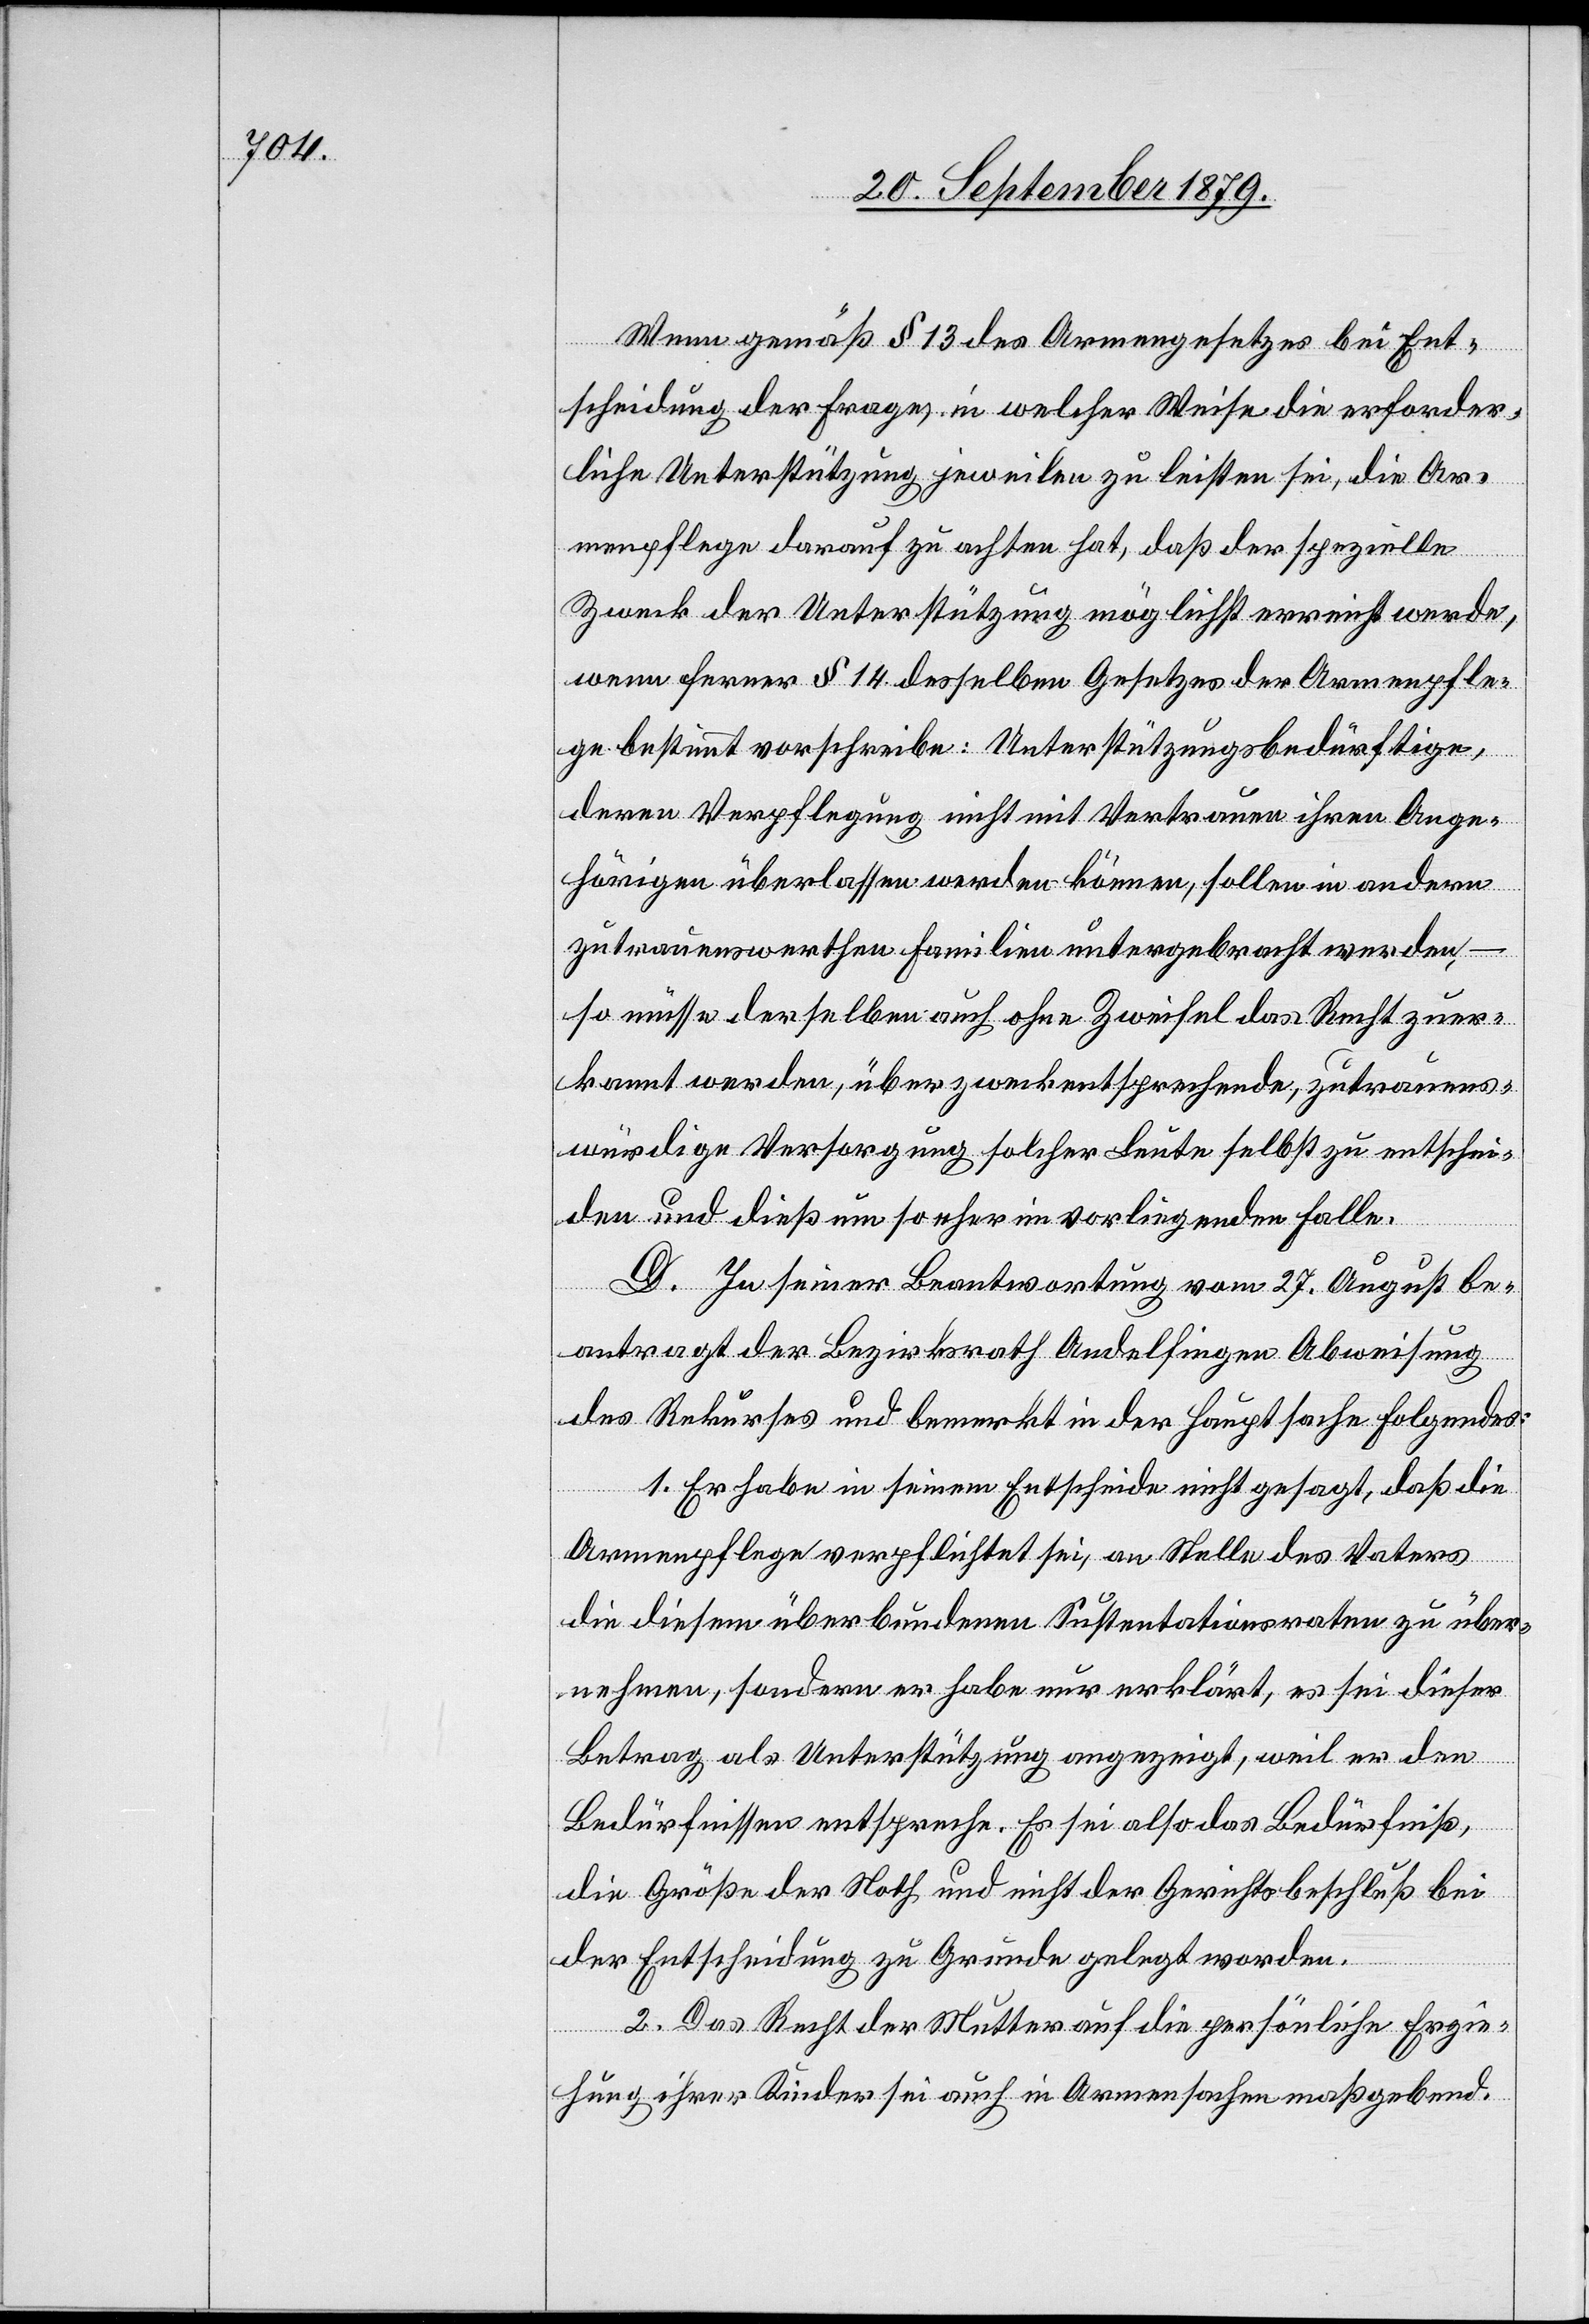
Wenn gemäß § 13 des Armengesetzes bei Ent¬
scheidung der Frage, in welcher Weise die erforder¬
liche Unterstützung jeweilen zu leisten sei, die Ar¬
menpflege darauf zu achten hat, daß der spezielle
Zweck der Unterstützung möglichst erreicht werde,
wenn ferner § 14 desselben Gesetzes der Armenpfle¬
ge bestimmt vorschreibe: Unterstützungsbedürftige,
deren Verpflegung nicht mit Vertrauen ihren Ange¬
hörigen überlassen werden können, sollen in andern
zutrauenswerthen Familien untergebracht werden,
so müsse derselben auch ohne Zweifel das Recht zuer¬
kannt werden, über zweckentsprechende, zutrauens¬
würdige Versorgung solcher Leute selbst zu entschei¬
den und dieß um so eher im vorliegenden Falle.
D. In seiner Beantwortung vom 27. August be¬
antragt der Bezirksrath Andelfingen Abweisung
des Rekurses und bemerkt in der Hauptsache folgendes:
1. Er habe in seinem Entscheide nicht gesagt, daß die
Armenpflege verpflichtet sei, an Stelle des Vaters
die diesem überbundenen Sustentationsraten zu über¬
nehmen, sondern er habe nur erklärt, es sei dieser
Betrag als Unterstützung angezeigt, weil er den
Bedürfnissen entspreche. Es sei also das Bedürfniß,
die Größe der Noth und nicht der Gerichtsbeschluß bei
der Entscheidung zu Grunde gelegt worden.
2. Das Recht der Mutter auf die persönliche Erzie¬
hung ihrer Kinder sei auch in Armensachen maßgebend.